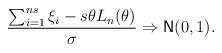
LaTeX: \begin{align*}\frac{ \sum_{i=1}^{ns} \xi_i - s \theta L_n(\theta)}{\sigma } \Rightarrow {\sf N}(0,1). \end{align*}